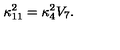
\kappa _ { 1 1 } ^ { 2 } = \kappa _ { 4 } ^ { 2 } V _ { 7 } .